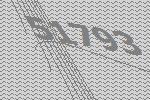
51793